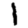
Digit: 1